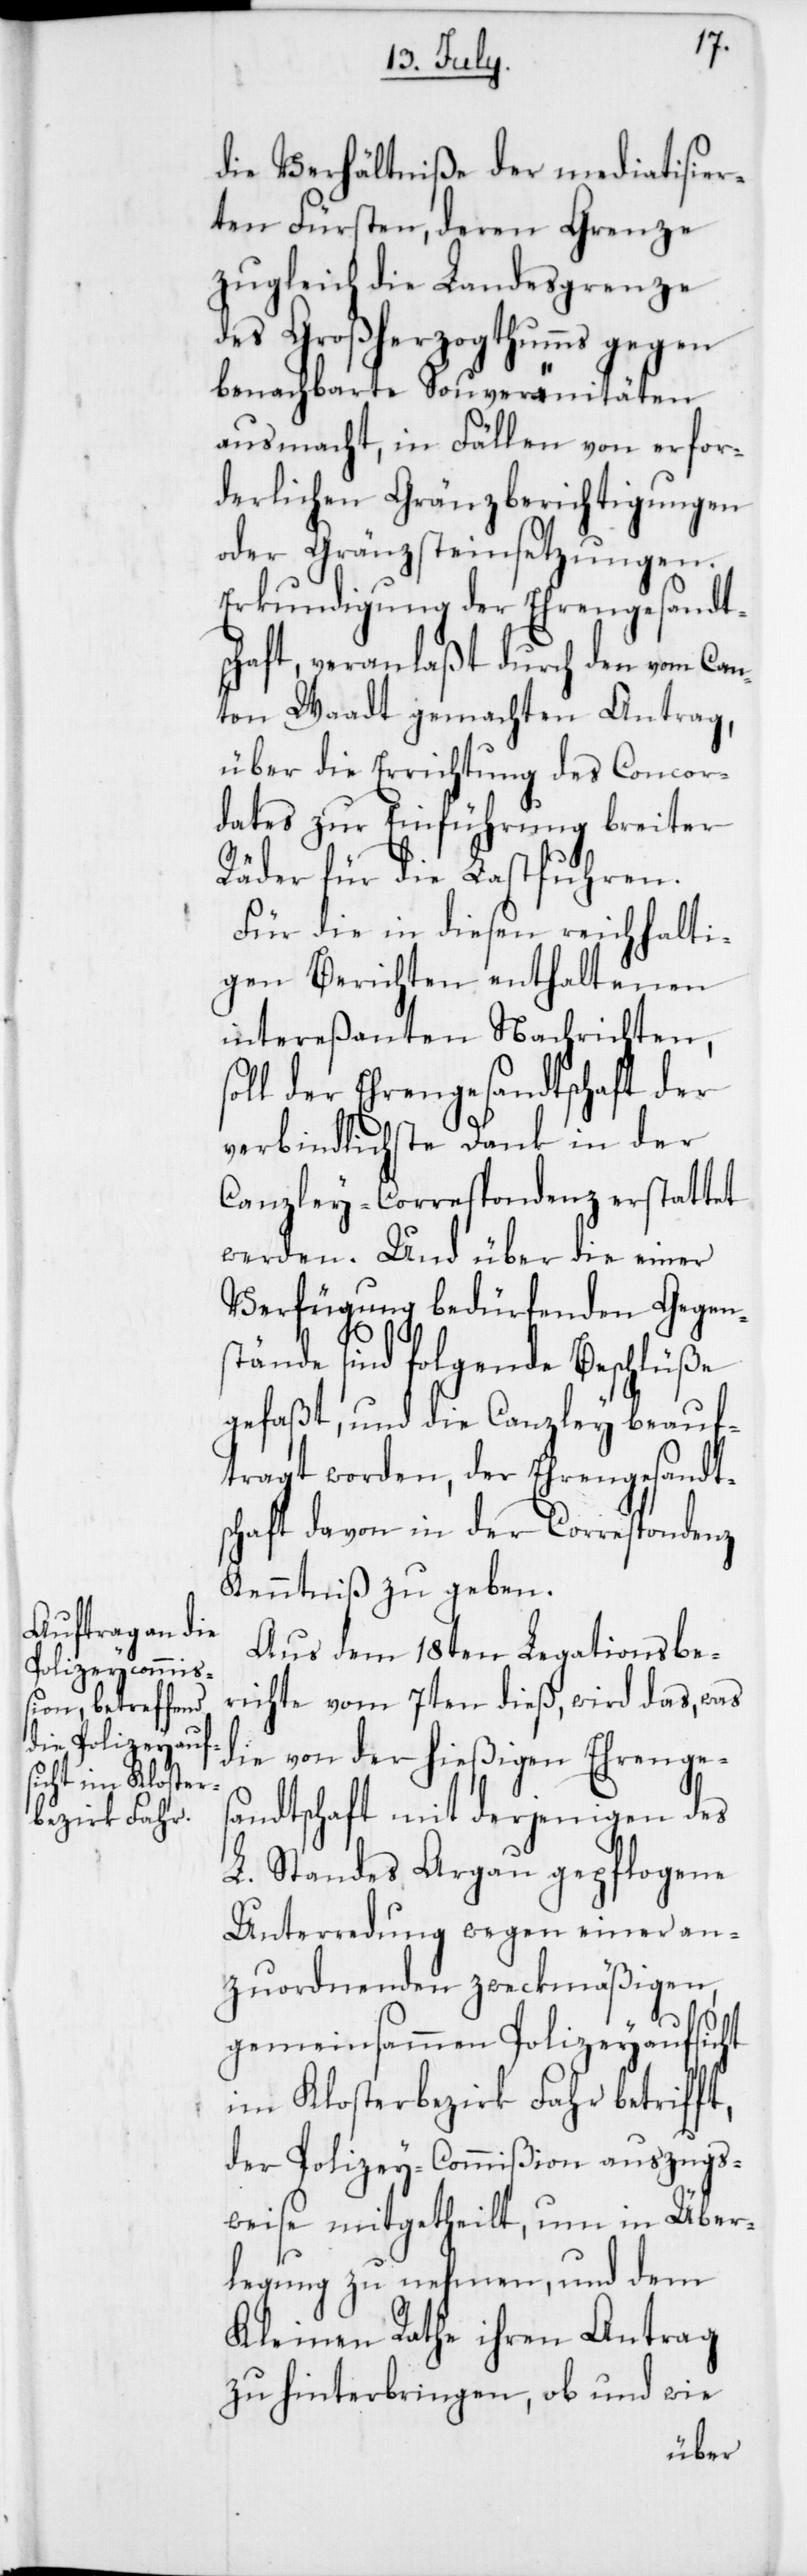
t,
die Verhältniße der mediatisier¬
ten Fürsten, deren Grenze
zugleich die Landesgrenze
des Großherzogtums gegen
benachbarte Souverainitäten
ausmacht, in Fällen von erfor¬
derlichen Grenzberichtigungen
oder Grenzstein-Setzungen.
Erkundigung der Ehrengesandts¬
chaft, veranlaßt durch den vom Can¬
ton Waadt gemachten Antrag,
über die Errichtung des Concor¬
dates zur Einführung breiter
Räder für die Lastfuhren.
Für die in diesen reichhalti¬
gen Berichten enthaltenen
intereßanten Nachrichten,
soll der Ehrengesandtschaft der
verbindlichste Dank in der
Canzlei-Correspondenz erstattet
werden. Und über die einer
Verfügung bedürfenden Gegen¬
stände sind folgende Beschlüße
gefaßt und die Canzlei beauf¬
tragt worden, der Ehrengesandt¬
schaft davon in der Correspondenz
Kenntniß zu geben.
Aus dem 18ten Legationsbe¬
richte vom 7ten dieß, wird das, was
die von der hießigen Ehrenges¬
andtschaft mit derjenigen des
L. Standes Aargau gepflogene
Unterredung wegen einer an¬
zuordnenden zweckmäßigen,
gemeinsammen Polizeyaufsicht
im Klosterbezirk Fahr betriff¬
der Polizey-Commißion auszugs¬
weise mitgetheilt, um in Über¬
legung zu nehmen, und dem
Kleinen Rathe ihren Antrag
zu hinterbringen, ob und wie